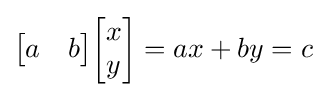
{\begin{bmatrix}a&b\end{bmatrix}}{\begin{bmatrix}x\\y\end{bmatrix}}=ax+by=c